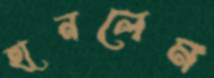
হানলেম